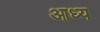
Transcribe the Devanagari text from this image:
आध्य